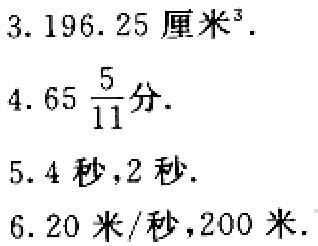
$3. 196.25\text{厘米}^3.$

$4. 65\frac{5}{11}\text{分}.$

$5. 4\text{ 秒},2\text{ 秒}.$

$6. 20\text{ 米/秒},200\text{ 米}.$